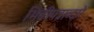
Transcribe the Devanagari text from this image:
भित्तीपत्राव्दारे